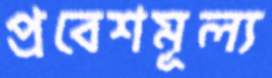
প্রবেশমূল্য